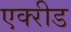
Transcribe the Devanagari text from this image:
एक्‍रीड